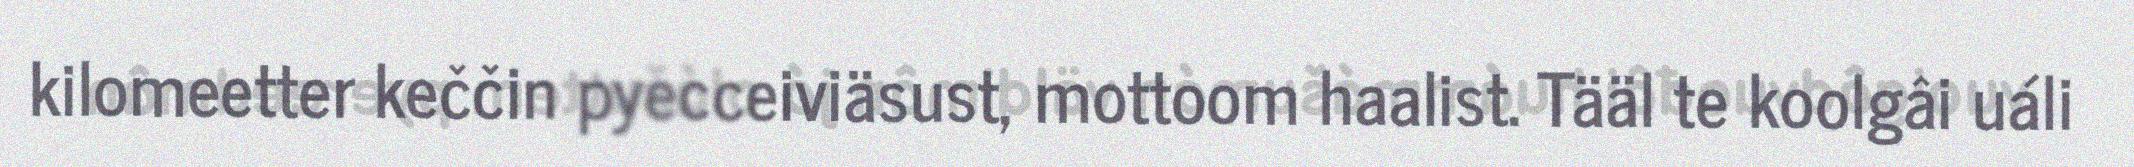
kilomeetter keččin pyecceiviäsust, mottoom haalist. Tääl te koolgâi uáli